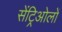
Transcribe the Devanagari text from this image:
सेंट्रिओलों